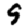
Digit: 9